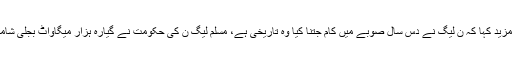
انہوں نے مزید کہا کہ ن لیگ نے دس سال صوبے میں کام جتنا کیا وہ تاریخی ہے، مسلم لیگ ن کی حکومت نے گیارہ ہزار میگاواٹ بجلی شامل کی ہے۔